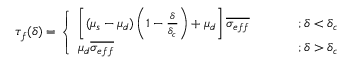
\tau _ { f } ( \delta ) = \left\{ \begin{array} { l l } { \left[ ( \mu _ { s } - \mu _ { d } ) \left( 1 - \frac { \delta } { \delta _ { c } } \right) + \mu _ { d } \right] \overline { { \sigma _ { e f f } } } ~ ~ ~ ~ ~ ~ ~ ~ } & { ; \delta < \delta _ { c } } \\ { \mu _ { d } \overline { { \sigma _ { e f f } } } ~ ~ ~ ~ ~ ~ ~ ~ } & { ; \delta > \delta _ { c } } \end{array} \right.